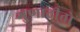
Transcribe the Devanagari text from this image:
गुणातीतो